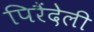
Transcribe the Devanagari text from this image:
पिरैंदेली